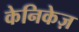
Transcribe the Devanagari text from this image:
केनिकेज़